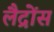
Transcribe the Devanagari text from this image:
लैद्रोंस